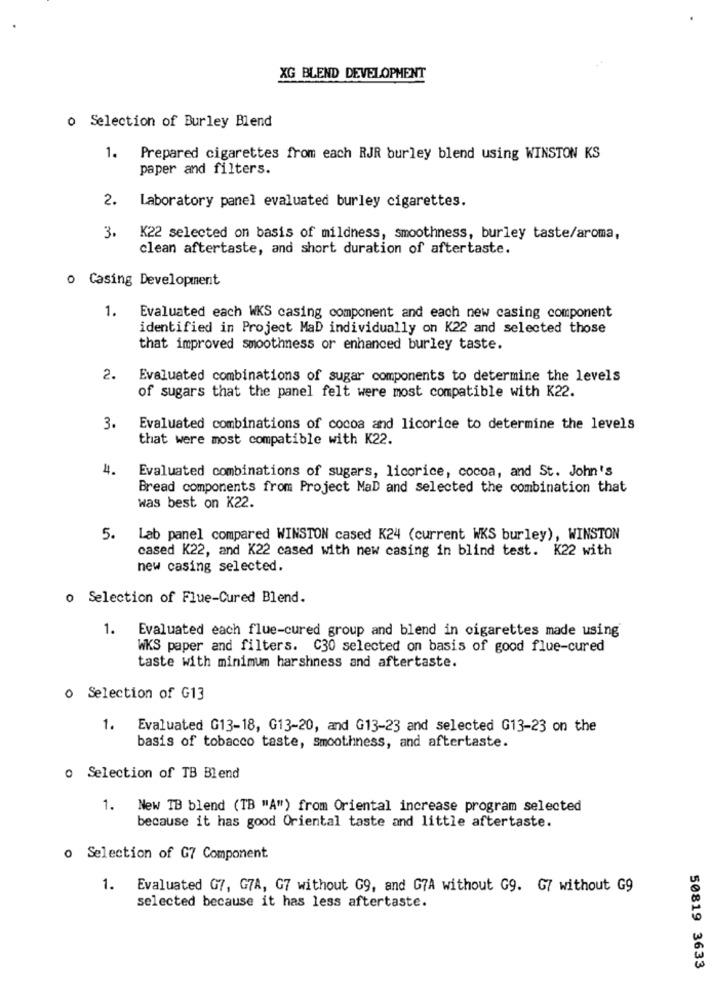
XG BLEND DEVELOPMENT
o Selection of Burley Blend
1. Prepared cigarettes from each RJR burley blend using WINSTON KS
paper and filters.
2.
Laboratory panel evaluated burley cigarettes.
3.
K22 selected on basis of mildness, smoothness, burley taste/aroma,
clean aftertaste, and short duration of aftertaste.
o Casing Development
1. Evaluated each WKS casing component and each new casing component
identified in Project MaD individually on K22 and selected those
that improved smoothness or enhanced burley taste.
2.
Evaluated combinations of sugar components to determine the levels
of sugars that the panel felt were most compatible with K22.
3.
Evaluated combinations of cocoa and licorice to determine the levels
that were most compatible with K22.
4.
Evaluated combinations of sugars, licorice, cocoa, and St. John's
Bread components from Project MaD and selected the combination that
was best on K22.
5.
Lab panel compared WINSTON cased K24 (current WKS burley), WINSTON
cased K22, and K22 cased with new casing in blind test. K22 with
new casing selected.
o Selection of Flue-Cured Blend.
1.
Evaluated each flue-cured group and blend in cigarettes made using
WKS paper and filters. C30 selected on basis of good flue-cured
taste with minimum harshness and aftertaste.
o Selection of G13
1.
Evaluated G13-18, G13-20, and G13-23 and selected G13-23 on the
basis of tobacco taste, smoothness, and aftertaste.
o Selection of TB Blend
1.
New TB blend (TB "A") from Oriental increase program selected
because it has good Oriental taste and little aftertaste.
o Selection of G7 Component
1.
Evaluated G7, G7A, G7 without G9, and G7A without G9. G7 without G9
selected because it has less aftertaste.
50819 3633